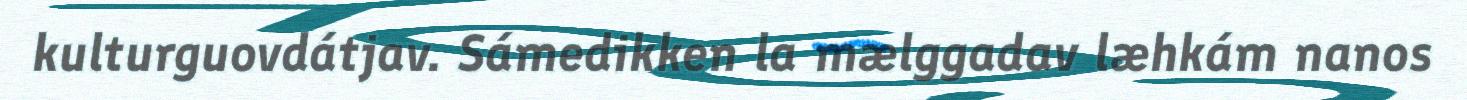
kulturguovdátjav. Sámedikken la mælggadav læhkám nanos